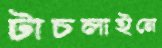
টাচলাইনে